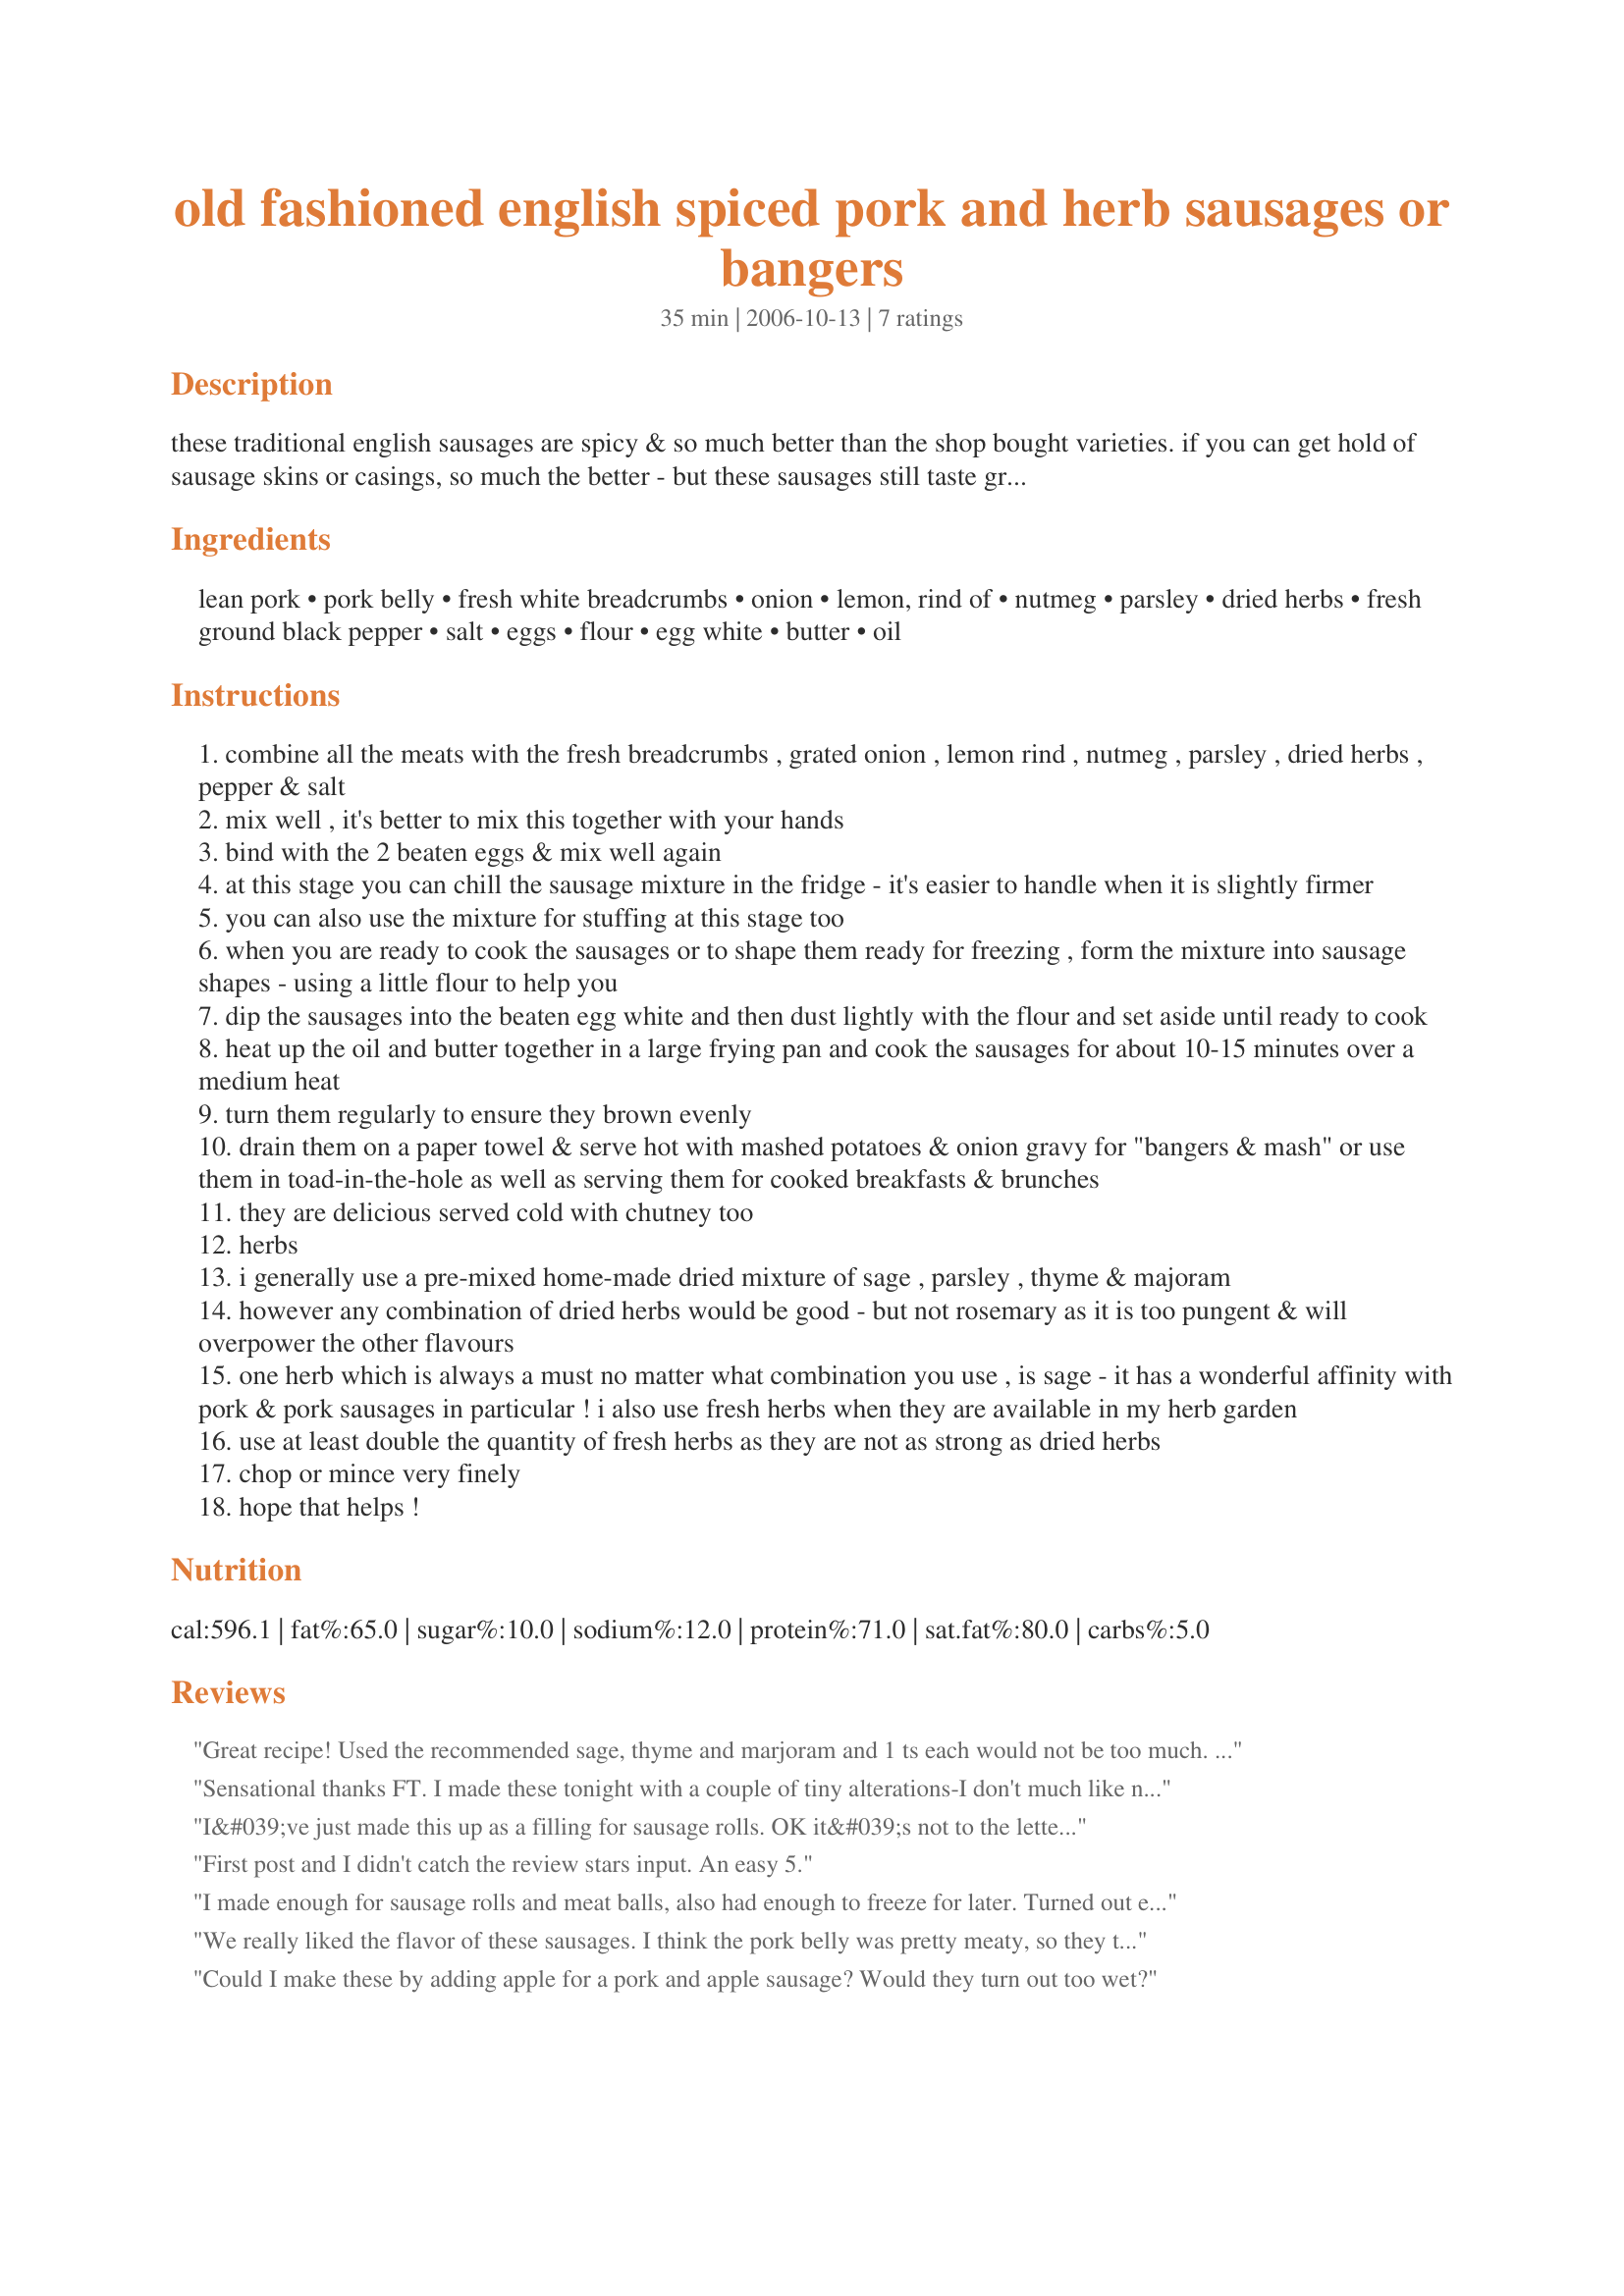
old fashioned english spiced pork and herb sausages or bangers
Preparation time: 35 minutes

these traditional english sausages are spicy & so much better than the shop bought varieties. if you can get hold of sausage skins or casings, so much the better - but these sausages still taste great without them. they are great for breakfast, brunch, picnics, casseroles or a firm family favourite - "bangers & mash"! try and use local organically produced pork for a superior flavour.they can be frozen before cooking & the mixture can be used for sausagemeat stuffing also.

Ingredients:
lean pork, pork belly, fresh white breadcrumbs, onion, lemon, rind of, nutmeg, parsley, dried herbs, fresh ground black pepper, salt, eggs, flour, egg white, butter, oil

Steps:
combine all the meats with the fresh breadcrumbs , grated onion , lemon rind , nutmeg , parsley , dried herbs , pepper & salt
mix well , it's better to mix this together with your hands
bind with the 2 beaten eggs & mix well again
at this stage you can chill the sausage mixture in the fridge - it's easier to handle when it is slightly firmer
you can also use the mixture for stuffing at this stage too
when you are ready to cook the sausages or to shape them ready for freezing , form the mixture into sausage shapes - using a little flour to help you
dip the sausages into the beaten egg white and then dust lightly with the flour and set aside until ready to cook
heat up the oil and butter together in a large frying pan and cook the sausages for about 10-15 minutes over a medium heat
turn them regularly to ensure they brown evenly
drain them on a paper towel & serve hot with mashed potatoes & onion gravy for "bangers & mash" or use them in toad-in-the-hole as well as serving them for cooked breakfasts & brunches
they are delicious served cold with chutney too
herbs
i generally use a pre-mixed home-made dried mixture of sage , parsley , thyme & majoram
however any combination of dried herbs would be good - but not rosemary as it is too pungent & will overpower the other flavours
one herb which is always a must no matter what combination you use , is sage - it has a wonderful affinity with pork & pork sausages in particular ! i also use fresh herbs when they are available in my herb garden
use at least double the quantity of fresh herbs as they are not as strong as dried herbs
chop or mince very finely
hope that helps !

Reviews:
Great recipe! Used the recommended sage, thyme and marjoram and 1 ts each would not be too much. The lemon zest really shines through, so depending on what the bangers are served with, I might choose to leave it out sometimes.
Sensational thanks FT. I made these tonight with a couple of tiny alterations-I don't much like nutmeg, so used fennel seed (which loves pork) and added a good pinch of chilli flakes. I made a double mix, but only added in 3 eggs (more than enough I reckon). As a note to myself; next time, fry a tablespoon of mix before forming to check for seasoning (I think I could have added more salt), and after passing the meat through the coarse disc of my mincer, pass it trough the fine one. The mixture was super tasty, but a little coarse and loose for a sausage. My mincer has a sausage making attachment but I didn't have any skins-I formed the sausages by hand.
I&#039;ve just made this up as a filling for sausage rolls. OK it&#039;s not to the letter, I had no belly pork so just used minced shoulder. I did add the fennel as suggested by a reviewer, but I overdid it a bit and the fennel flavour came over too much. I also found that the mixture was a bit too wet.

So what to do?

Well I added a bit of ginger and some cumin as well as some more nutmeg, and I threw in a couple of tablespoons of cous-cous and left it in the fridge to firm up for half an hour.

I&#039;ve fried a sample to test it, and the result is a really excellent sausage. Meaty, flavoursome. A Real Man&#039;s Sausage.

My rough puff pastry is resting in the fridge and I can&#039;t wait to eat it all.

Thank you for posting this. I used to be able to buy really good sausages at my local butcher&#039;s but, after 113 years, he has just gone bust. The supermarket ones are not worth buying. This has inspired me to have a go at making my own.
First post and I didn't catch the review stars input. An easy 5.
I made enough for sausage rolls and meat balls, also had enough to freeze for later. Turned out excellent. I am a lover of your recipes can always find something good to make on your site and always turns out good.
We really liked the flavor of these sausages. I think the pork belly was pretty meaty, so they turned out fairly lean, which we enjoyed. The flour gave them a bit of a crust, and helped to hold them together while cooking. This time I used the food processor to mince the meat and grate the onion. I'd love to get a meat grinder and sausage stuffer so I can make them like regular sausages. I also want to experiment with different herbs, too. Thanks so much for posting this recipe, so we could try some bangers and mash!
Could I make these by adding apple for a pork and apple sausage? Would they turn out too wet?
